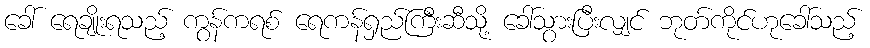
ခေါ် ရေချိုးရသည့် ကွန်ကရစ် ရေကန်ရှည်ကြီးဆီသို့ ခေါ်သွားပြီးလျှင် ဘုတ်ကိုင်ဟုခေါ်သည့်